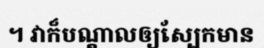
។ វាក៏បណ្តាលឲ្យស្បែកមាន